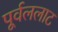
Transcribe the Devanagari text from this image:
पूर्वललाट